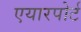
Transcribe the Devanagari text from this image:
एयारपोर्ट